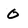
Character: O